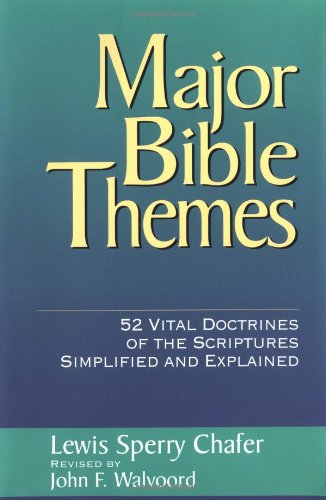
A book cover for Major Bible Themes: 52 Vital Doctrines of the Scripture Simplified and Explained; John F. Walvoord; Christian Books & Bibles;